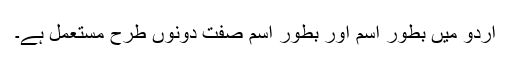
اردو میں بطور اسم اور بطور اسم صفت دونوں طرح مستعمل ہے۔